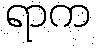
ရာက